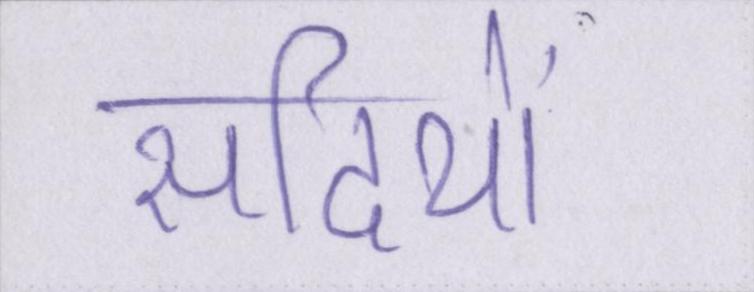
सदियों